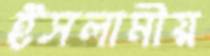
ইসলামীয়